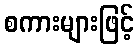
စကားများဖြင့်